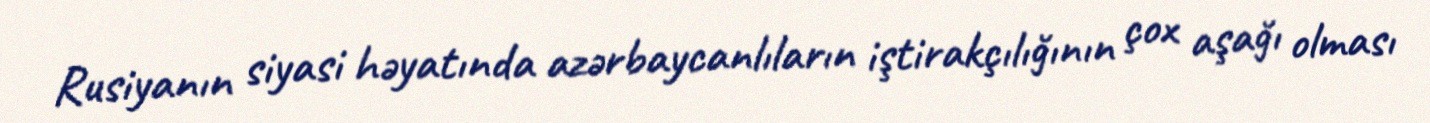
Rusiyanın siyasi həyatında azərbaycanlıların iştirakçılığının çox aşağı olması